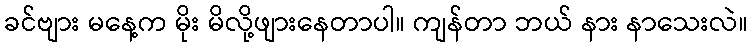
ခင်ဗျား မနေ့က မိုး မိလို့ဖျားနေတာပါ။ ကျန်တာ ဘယ် နား နာသေးလဲ။